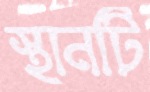
স্থানটি